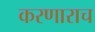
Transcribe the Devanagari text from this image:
करणाराच